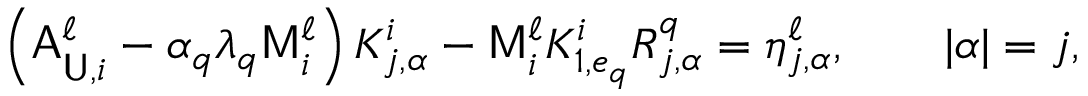
\left( \mathsf { A } _ { \mathsf { U } , i } ^ { \ell } - \alpha _ { q } \lambda _ { q } \mathsf { M } _ { i } ^ { \ell } \right) K _ { j , \alpha } ^ { i } - \mathsf { M } _ { i } ^ { \ell } K _ { 1 , e _ { q } } ^ { i } R _ { j , \alpha } ^ { q } = \eta _ { j , \alpha } ^ { \ell } , \qquad | \alpha | = j ,